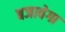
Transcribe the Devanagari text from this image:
बजावेगा